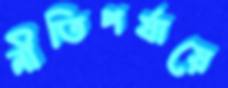
নীতিপর্যায়ে